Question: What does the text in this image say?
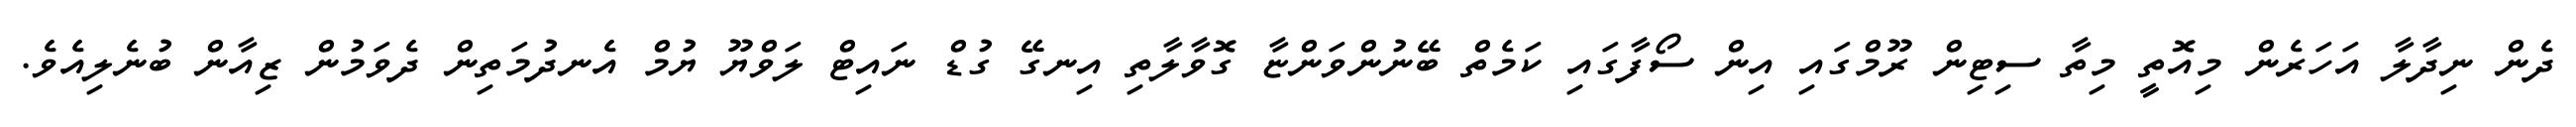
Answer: ދެން ނިދާލާ އަހަރެން މިއޮތީ މިތާ ސިޓިން ރޫމްގައި އިން ސޯފާގައި ކަމެތް ބޭނުންވަންޏާ ގޮވާލާތި އިނގޭ ގުޑް ނައިޓް ލަވްޔޫ ޔުމް އެނދުމަތިން ދެވަމުން ޒިއާން ބުނެލިއެވެ.